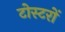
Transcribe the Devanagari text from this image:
टोस्टरों